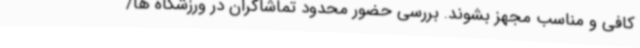
کافی و مناسب مجهز بشوند. بررسی حضور محدود تماشاگران در ورزشگاه ها/